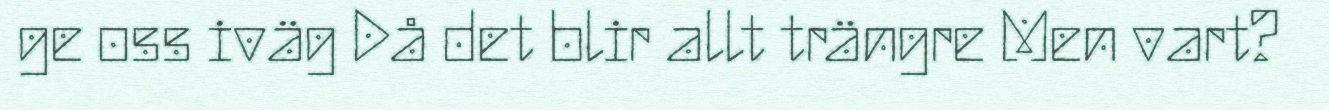
ge oss iväg Då det blir allt trängre Men vart?